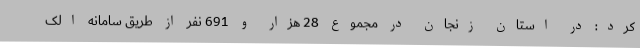
کرد: در استان زنجان در مجموع 28 هزار و 691 نفر از طریق سامانه الک